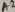
Text: A2